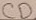
Text: CD